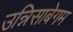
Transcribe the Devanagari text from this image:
उन्निसाबेगम